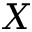
X